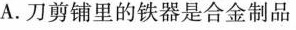
A.刀剪铺里的铁器是合金制品